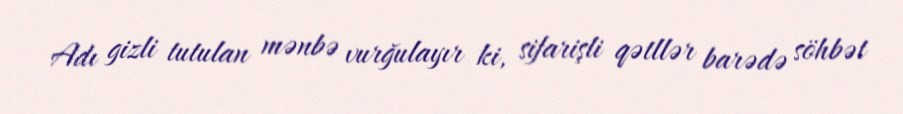
Adı gizli tutulan mənbə vurğulayır ki, sifarişli qətllər barədə söhbət